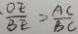
\frac { O E } { B E } = \frac { A C } { B C }